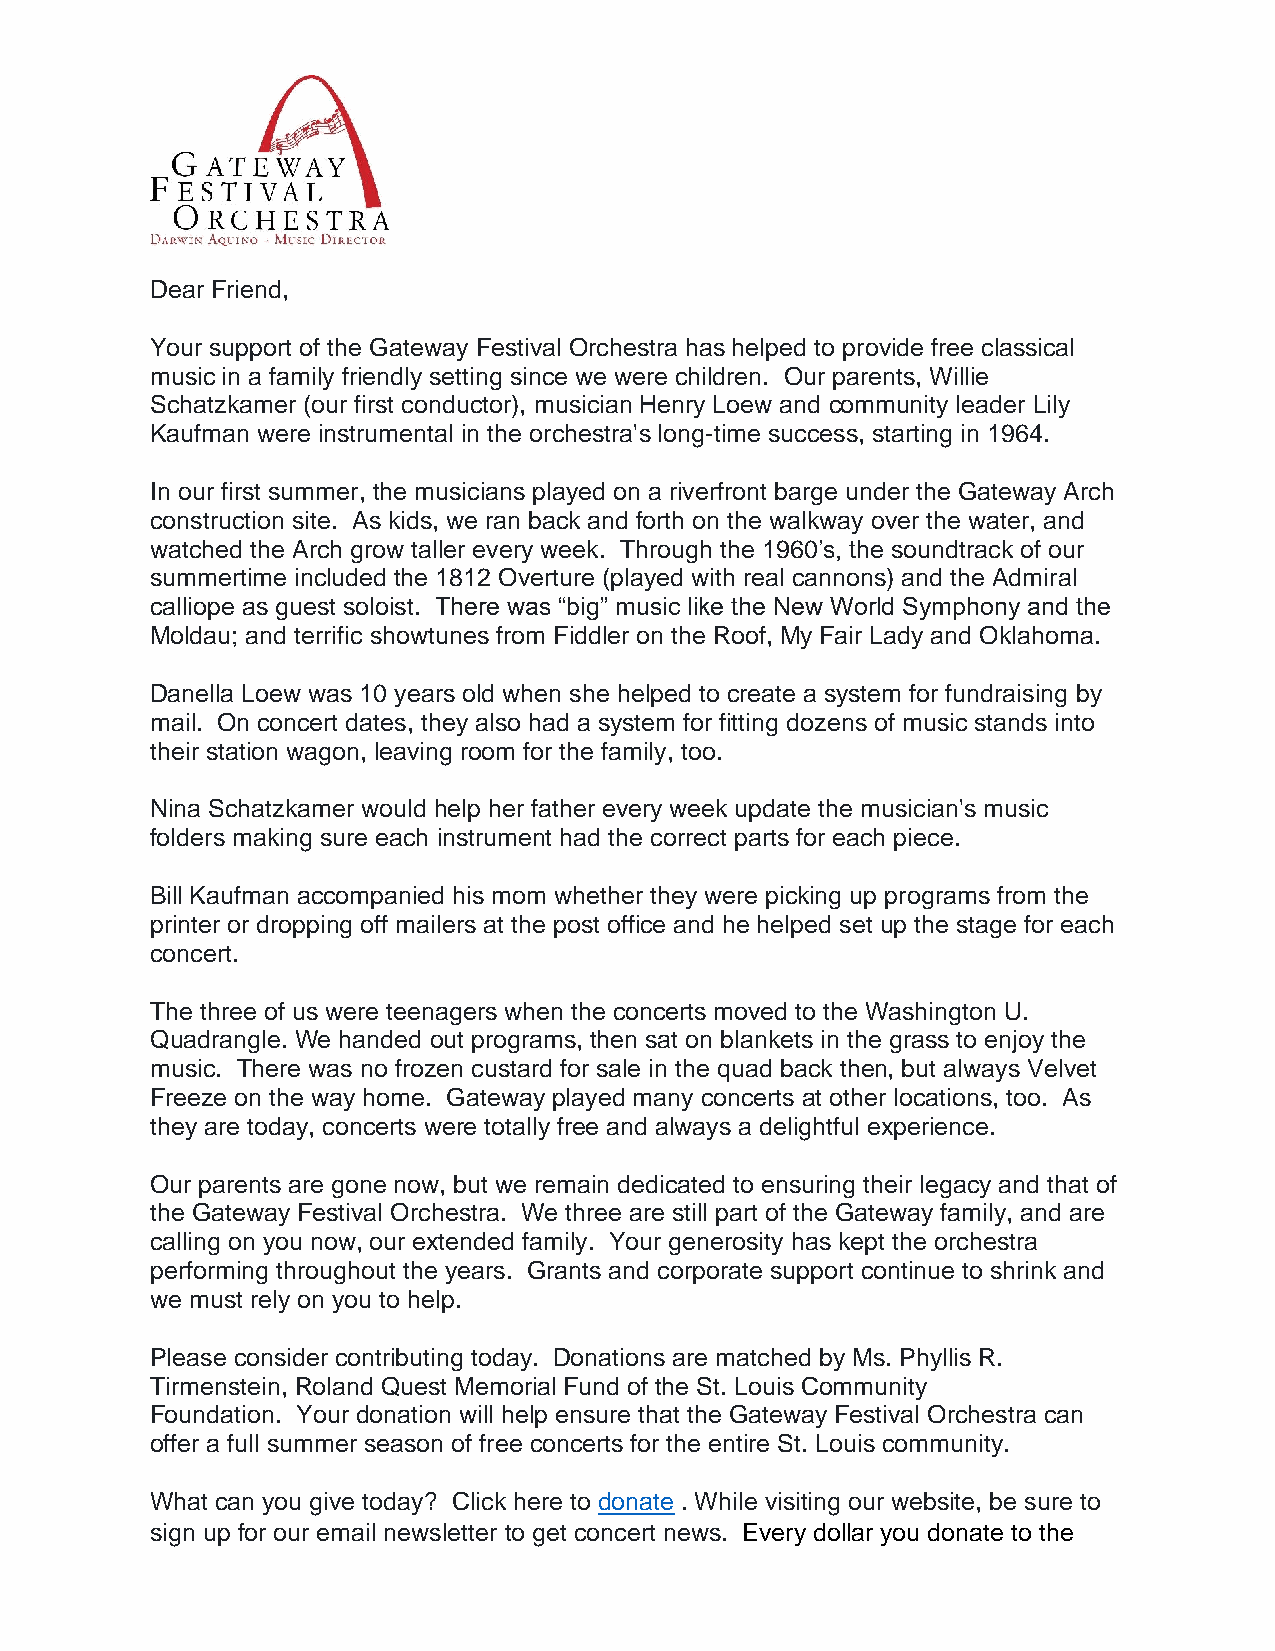
Dear Friend,
 Your support of the Gateway Festival Orchestra has helped to provide free classical
 music in a family friendly setting since we were children. Our parents, Willie
 Schatzkamer (our first conductor), musician Henry Loew and community leader Lily
 Kaufman were instrumental in the orchestra's long-time success, starting in 1964.
 In our first summer, the musicians played on a riverfront barge under the Gateway Arch
 construction site. As kids, we ran back and forth on the walkway over the water, and
 watched the Arch grow taller every week. Through the 1960’s, the soundtrack of our
 summertime included the 1812 Overture (played with real cannons) and the Admiral
 calliope as guest soloist. There was “big” music like the New World Symphony and the
 Moldau; and terrific showtunes from Fiddler on the Roof, My Fair Lady and Oklahoma.
 Danella Loew was 10 years old when she helped to create a system for fundraising by
 mail. On concert dates, they also had a system for fitting dozens of music stands into
 their station wagon, leaving room for the family, too.
 Nina Schatzkamer would help her father every week update the musician's music
 folders making sure each instrument had the correct parts for each piece.
 Bill Kaufman accompanied his mom whether they were picking up programs from the
 printer or dropping off mailers at the post office and he helped set up the stage for each
 concert.
 The three of us were teenagers when the concerts moved to the Washington U.
 Quadrangle. We handed out programs, then sat on blankets in the grass to enjoy the
 music. There was no frozen custard for sale in the quad back then, but always Velvet
 Freeze on the way home. Gateway played many concerts at other locations, too. As
 they are today, concerts were totally free and always a delightful experience.
 Our parents are gone now, but we remain dedicated to ensuring their legacy and that of
 the Gateway Festival Orchestra. We three are still part of the Gateway family, and are
 calling on you now, our extended family. Your generosity has kept the orchestra
 performing throughout the years. Grants and corporate support continue to shrink and
 we must rely on you to help.
 Please consider contributing today. Donations are matched by Ms. Phyllis R.
 Tirmenstein, Roland Quest Memorial Fund of the St. Louis Community
 Foundation. Your donation will help ensure that the Gateway Festival Orchestra can
 offer a full summer season of free concerts for the entire St. Louis community.
 What can you give today? Click here to donate . While visiting our website, be sure to
 sign up for our email newsletter to get concert news. Every dollar you donate to the